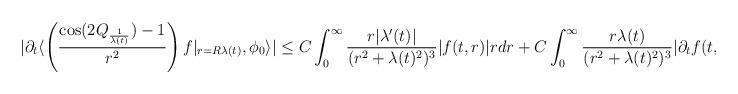
LaTeX: \begin{align*} |\partial_{t}\langle \left(\frac{\cos(2Q_{\frac{1}{\lambda(t)}})-1}{r^{2}}\right) f\vert_{r = R\lambda(t)},\phi_{0}\rangle| &\leq C \int_{0}^{\infty} \frac{r |\lambda'(t)|}{(r^{2}+\lambda(t)^{2})^{3}} |f(t,r)| r dr + C \int_{0}^{\infty} \frac{r \lambda(t)}{(r^{2}+\lambda(t)^{2})^{3}} |\partial_{t}f(t,r)| r dr\end{align*}